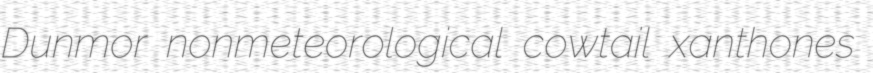
Dunmor nonmeteorological cowtail xanthones